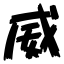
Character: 威